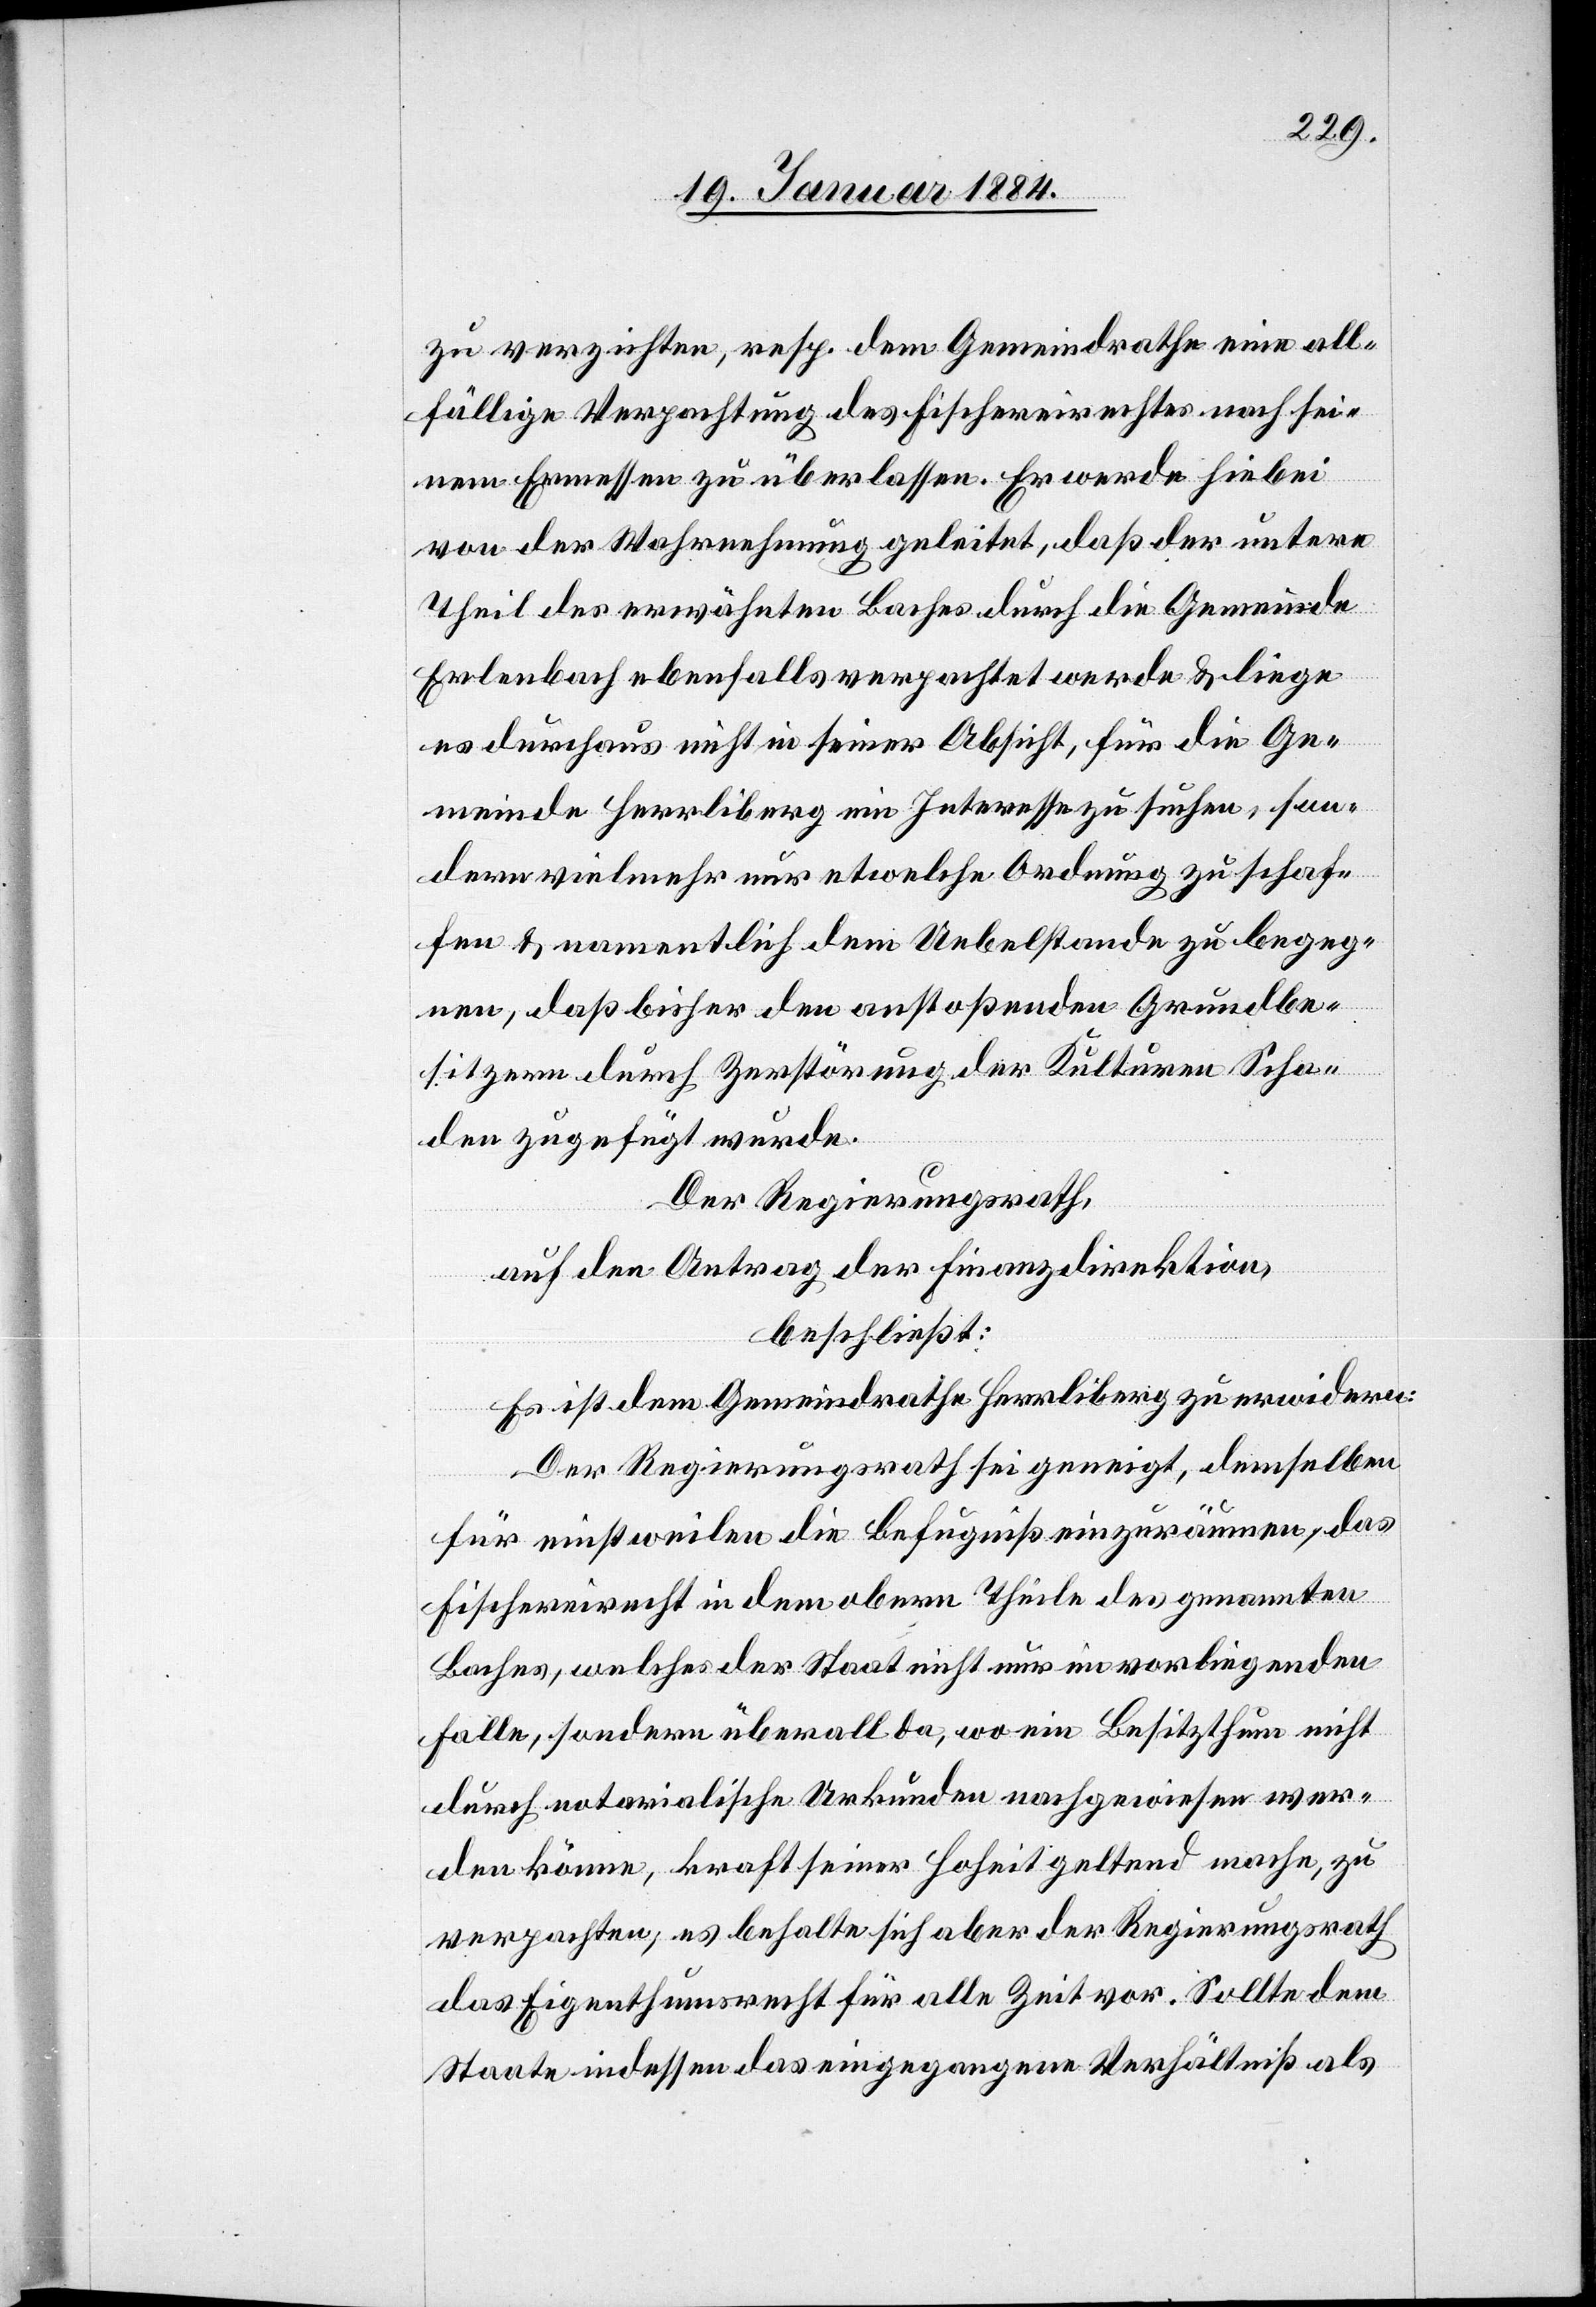
zu verzichten, resp. dem Gemeindrathe eine all¬
fällige Verpachtung des Fischereirechtes nach sei¬
nem Ermessen zu überlassen. Er wird hiebei
von der Wahrnehmung geleitet, daß der untere
Theil des erwähnten Baches durch die Gemeinde
Erlenbach ebenfalls verpachtet werde & liege
es durchaus nicht in seiner Absicht, für die Ge¬
meinde Herrliberg ein Interesse zu suchen, son¬
dern vielmehr nur etwelche Ordnung zu schaf¬
fen & namentlich dem Uebelstande zu begeg¬
nen, daß bisher den anstoßenden Grundbe¬
sitzern durch Zerstörung der Kulturen Scha¬
den zugefügt wurde.
De Regierungsrath,
auf den Antrag der Finanzdirektion,
beschließt:
Es ist dem Gemeindrathe Herrliberg zu erwidern:
Der Regierungsrath sei geneigt, demselben
für einstweilen die Befugniß einzuräumen, das
Fischereirecht in dem obern Theile des genannten
Baches, welches der Staat nicht nur in vorliegendem
Falle, sondern überall da, wo ein Besitzthum nicht
durch notarialische Urkunden nachgewiesen wer¬
den können, kraft seiner Hoheit geltend mache, zu
verpachten, es behalte sich aber der Regierungsrath
das Eigenthumsrecht für alle Zeit vor. Sollte dem
Staate indessen das eingegangene Verhältniß als